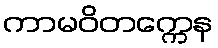
ကာမဝိတက္ကေန